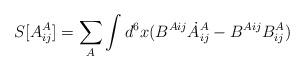
LaTeX: \begin{align*}S[A^A_{ij}]= \sum_A\int d^6x (B^{Aij} \dot{A}^A_{ij} - B^{Aij}B^A_{ij})\end{align*}